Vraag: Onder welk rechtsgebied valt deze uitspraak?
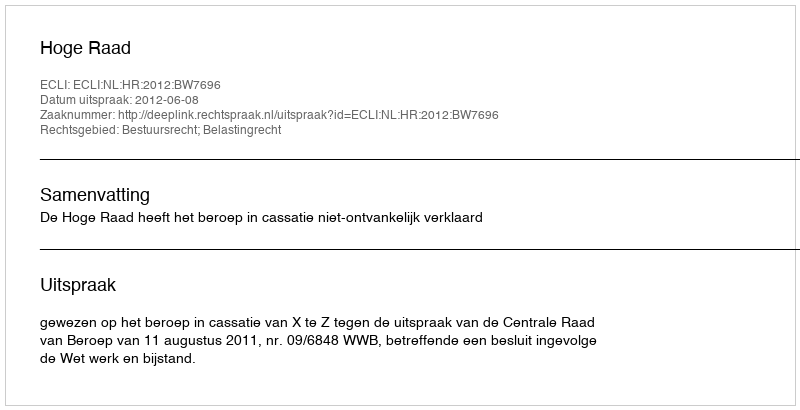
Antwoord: Bestuursrecht; Belastingrecht